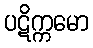
ပဋိက္ကမော